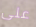
على